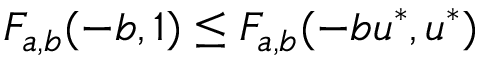
F _ { a , b } ( - b , 1 ) \leq F _ { a , b } ( - b u ^ { * } , u ^ { * } )